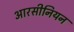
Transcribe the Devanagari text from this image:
आरसीनियन